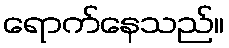
ရောက်နေသည်။